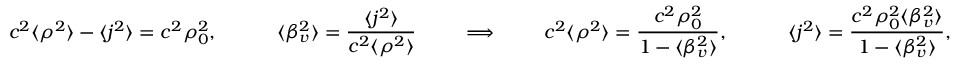
c ^ { 2 } \langle \rho ^ { 2 } \rangle - \langle j ^ { 2 } \rangle = c ^ { 2 } \rho _ { 0 } ^ { 2 } , \quad \quad \quad \langle \beta _ { v } ^ { 2 } \rangle = { \frac { \langle j ^ { 2 } \rangle } { c ^ { 2 } \langle \rho ^ { 2 } \rangle } } \quad \quad \implies \quad \quad c ^ { 2 } \langle \rho ^ { 2 } \rangle = { \frac { c ^ { 2 } \rho _ { 0 } ^ { 2 } } { 1 - \langle \beta _ { v } ^ { 2 } \rangle } } , \quad \quad \quad \langle j ^ { 2 } \rangle = { \frac { c ^ { 2 } \rho _ { 0 } ^ { 2 } \langle \beta _ { v } ^ { 2 } \rangle } { 1 - \langle \beta _ { v } ^ { 2 } \rangle } } ,